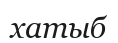
хатыб